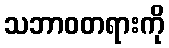
သဘာဝတရားကို